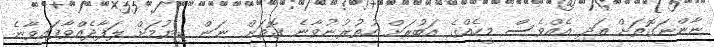
ނާންނަގޮތަށް އަދި އެއްވެސް މީހެއްގެ އަބުރަށް ހުތުރުނުވާނެ ގޮތަށް ނަން ކިޔުމަށް ލަފާދެއްވާފައިވާނެ